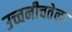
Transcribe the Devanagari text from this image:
उच्चनीचतेला